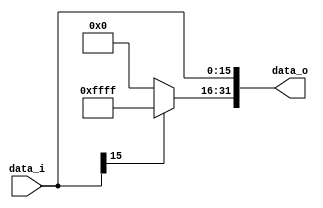
`timescale 1ns / 1ps
//////////////////////////////////////////////////////////////////////////////////
// Company: 
// Engineer: 
// 
// Design Name: 
// Module Name:    Sign_Extend 
// Project Name: 
// Target Devices: 
// Tool versions: 
// Description: 
//
// Dependencies: 
//
// Revision: 
// Revision 0.01 - File Created
// Additional Comments: 
//
//////////////////////////////////////////////////////////////////////////////////
module Sign_Extend(
    data_i,
    data_o
    );
               
//I/O ports
			input   [16-1:0] data_i;
			output  [32-1:0] data_o;

//Internal Signals
			reg     [32-1:0] data_o;

//Sign extended
			always @(data_i) 
			begin
					 if (data_i[15] == 0) 
					 begin
						  data_o [31:16] <= 16'b0000000000000000;
						  data_o  [15:0] <= data_i;
					 end
					 else 
					 begin
						  data_o [31:16] <= 16'b1111111111111111;
						  data_o  [15:0] <= data_i;
					 end
			end
endmodule